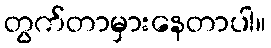
တွက်တာမှားနေတာပါ။